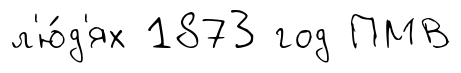
л'ю́д'ях 1873 год ПМВ